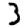
Digit: 3